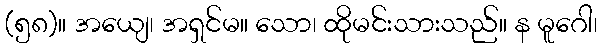
(၅၈)။ အယျေ၊ အရှင်မ။ သော၊ ထိုမင်းသားသည်။ န မူဂေါ၊